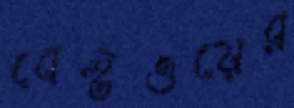
বেস্টওয়ের